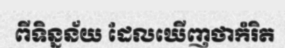
ពីទិន្នន័យ ដែលឃើញថាកំរិត